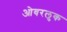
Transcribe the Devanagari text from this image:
ओवरलुक